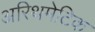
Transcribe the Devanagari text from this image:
अरिथमेटिक